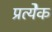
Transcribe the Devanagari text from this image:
प्रत्येेक